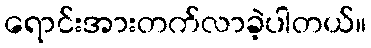
ရောင်းအားတက်လာခဲ့ပါတယ်။